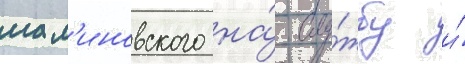
мал'иновского на́ слу́жбу и́